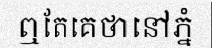
ឮតែគេថានៅភ្នំ